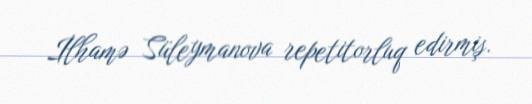
İlhamə Süleymanova repetitorluq edirmiş.